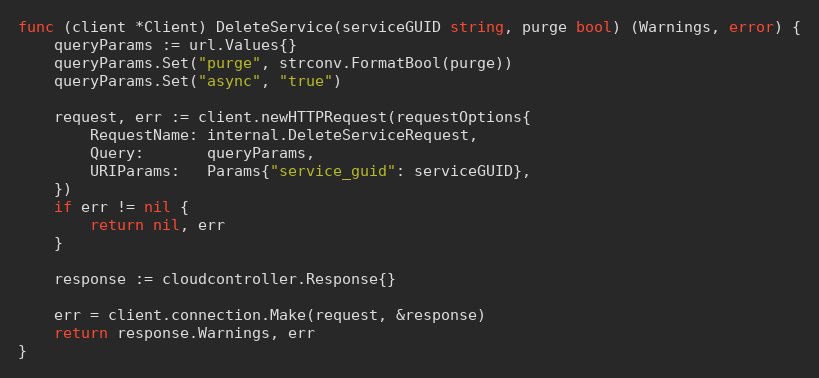
Language: Go
func (client *Client) DeleteService(serviceGUID string, purge bool) (Warnings, error) {
	queryParams := url.Values{}
	queryParams.Set("purge", strconv.FormatBool(purge))
	queryParams.Set("async", "true")

	request, err := client.newHTTPRequest(requestOptions{
		RequestName: internal.DeleteServiceRequest,
		Query:       queryParams,
		URIParams:   Params{"service_guid": serviceGUID},
	})
	if err != nil {
		return nil, err
	}

	response := cloudcontroller.Response{}

	err = client.connection.Make(request, &response)
	return response.Warnings, err
}